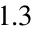
1 . 3